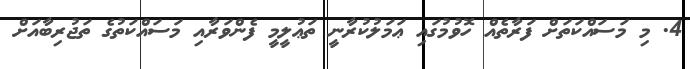
4. މި މަސައްކަތަށް ފަރާތެއް ހޮވުމުގައި ޢަމަލުކުރާނީ ތަޢުލީމީ ފެންވަރާއި މަސައްކަތުގެ ތަޖުރިބާއަށް